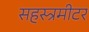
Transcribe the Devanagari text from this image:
सहस्त्रमीटर